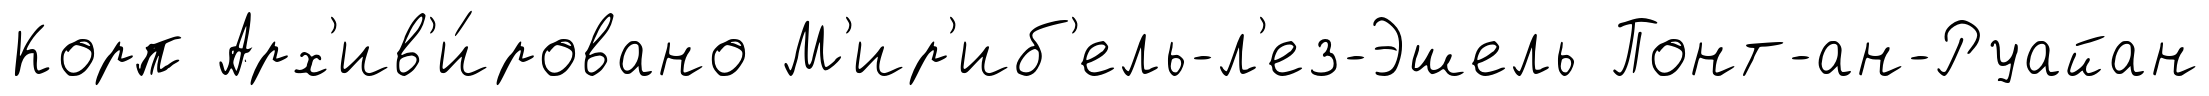
Корп Арх'ив'и́ровано М'ир'иб'ель-л'ез-Эшель Понт-ан-Руайан